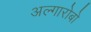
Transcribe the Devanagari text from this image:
अल्गारोबो